Report on vaccination in Madras 1895-1903 - 1895-1903
Year: 1895
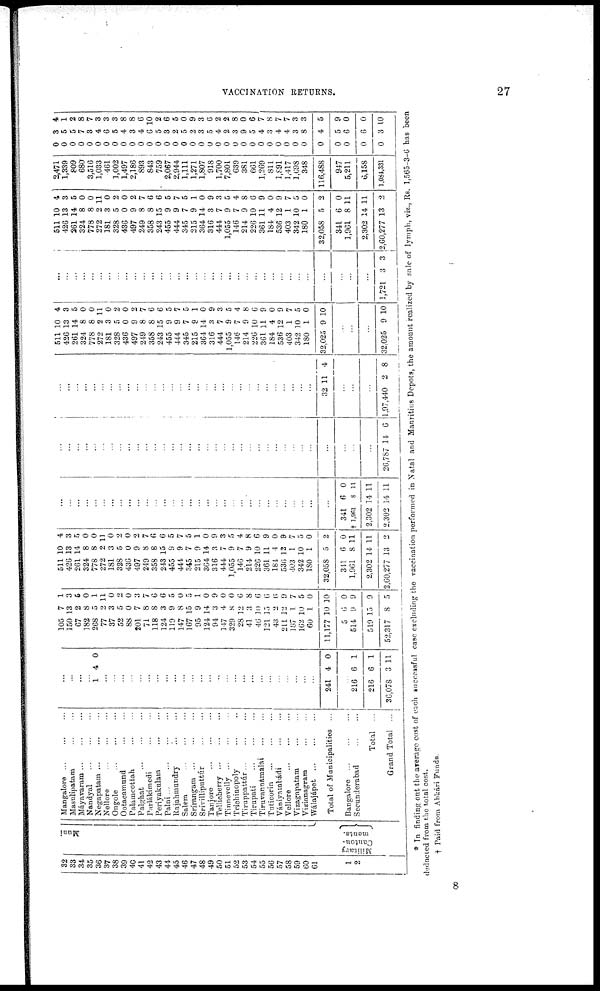
VACCINATION RETURNS.
27
32
33
34
35
36
37
38
39
40
41
42
43
41
45
46
47
48
49
50
51
52
53
54
55
56
57
58
59
60
61
1
2
Muni
Military
Canton-
ments.
Mangalore
...
...
...
Masulipatam ... ...
Máyavaram ... ... ...
Nandyal
...
...
...
Negapatam ... ... ...
Nellore ... ... ...
Ongole
...
...
...
Ootacamund ... ...
Palamcottah ... ... ...
Palghat
...
...
...
Parlákimedi
...
...
Periyakulam ... ...
Palni
...
...
...
...
Rajahmundry ... ...
Salem ... ... ... ...
Srírangam
...
...
...
Srívilliputtúr
...
...
Tanjore ... ... ...
Tellicherry
...
...
...
Tinnevelly ... ... ...
Trichinopoly ... ... ...
Tiruppattúr
...
...
...
Tirupati ... ... ...
Tiruvanuámalai
...
...
Tuticorin
...
...
...
Vániyambádi ... ... ...
Vellore ... ... ...
Vizagapatam ... ...
Vizianagram ... ...
Wálajápet
...
...
...
Total of Municipalities ...
Bangalore ... ... ...
Secunderabad
...
...
Total
...
Grand Total ...
...
...
...
...
1
4 0
...
...
...
...
...
...
...
...
...
...
...
...
...
...
...
...
...
...
...
...
...
...
...
...
...
241 4 0
...
216
216
36,078
6
6
3
1
1
11
105
150
67
182
268
77
37
52
88
201
71
118
124
119
147
167
95
124
94
147
329
28
41
46
121
43
211
187
162
60
11,177
5
514
519
52,317
7
13
2
8
5
2
3
5
0
7
8
8
3
9
8
15
9
14
3
4
8
12
3
10
15
2
12
1
10
1
10
6
9
15
8
1
3
5
0
1
11
0
2
0
3
7
6
6
5
0
5
1
0
9
0
0
6
8
6
6
6
9
7
5
0
10
0
9
9
5
511
426
261
324
778
272
181
328
436
497
249
358
243
455
444
345
215
364
316
444
1,055
146
214
226
361
184
536
403
342
180
32,058
341
1,961
2,302
2,60,277
10
13
14
8
8
2
3
5
0
9
8
8
15
9
9
7
9
14
3
7
9
7
9
10
11
4
12
1
10
1
5
6
8
14
13
4
3
5
0
0
11
0
2
0
2
7
6
6
5
7
5
1
0
9
3
5
4
8
6
9
0
9
7
5
0
2
0
11
11
2
...
...
...
...
...
...
...
...
...
...
...
...
...
...
...
...
...
...
...
...
...
...
...
...
...
...
...
...
...
...
...
341
† 1,961
2,302
2,302
6
8
14
14
0
11
11
11
...
...
...
...
...
...
...
...
...
...
...
...
...
...
...
...
...
...
...
...
...
...
...
...
...
...
...
...
...
...
...
...
...
...
26,787 14 6
...
...
...
...
...
...
...
...
...
...
...
...
...
...
...
...
...
...
...
...
...
...
...
...
...
...
...
...
...
...
32 11 4
...
...
...
1,97,440 2 8
511
426
261
324
778
272
181
328
436
497
249
358
243
455
444
345
215
364
316
444
1,055
146
214
226
361
184
536
403
342
180
32,025
10
13
14
8
8
2
3
5
0
9
8
8
15
9
9
7
9
14
3 7
9
7
9
10
11
4
12
1
10
1
9
4
3
5
0
0
11
0
2
0
2
7
6
6
5
7
5
1
0
9
3
5
4
8
6
9
0
9
7
5
0
10
...
...
...
32,025 9 10
...
...
...
...
...
...
...
...
...
...
...
...
...
...
...
...
...
...
...
...
...
...
...
...
...
...
...
...
...
...
...
...
...
...
1,721 3 3
511
426
261
324
778
272
181
328
436
497
249
358
243
455
444
345
215
364
316
444
1,055
146
214
226
361
184
536
403
342
180
32,058
341
1,961
2,302
2,60,277
10
13
14
8
8
2
3
5
0
9
8
8
15
9
9
7
9
14
3
7
9
7
9
10
11
4
12
1
10
1
5
6
8
14
13
4
3
5
0
0
11
0
2
0
2
7
6
6
5
7
5
1
0
9
3
5
4
8
6
9
0
9
7
5
0
2
0
11
11
2
2,471
1,339
809
680
3,516
1,033
461
1,002
1,497
2,186
893
843
759
2,067
2,944
1,111
1,271
1,807
918
1,700
7,801
639
381
661
1,269
811
1,891
1,417
1,698
348
116,488
947
5,211
6,158
1,084,331
0
0
0
0
0
0
0
0
0
0
0
0
0
0
0
0
0
0
0
0
0
0
0
0
0
0
0 0
0
0
0
0
0
0
0
3
5
5
7
3
4
6
5
4
3
4
6
5
3
2
5
2
3
5
4
2
3
9
5
4
3
4
4
3
8
4
5
6
6
3
4
1
2
8
7
3
3
3
8
8
6
10
2
6
5
0
9
3
6
2
2
8
0
6
7
8
7
7
3
3
5
9
0
0
10
* In finding out the average cost of each successful case excluding the vaccination performed in Natal and Mauritius Depots, the amount realized by sale of lymph, viz., Rs. 1,565-3-6 has been
deducted from the total cost.
† Paid from Abkári Funds.
8